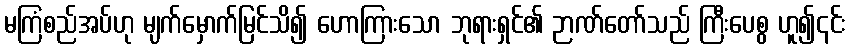
မကြံစည်အပ်ဟု မျက်မှောက်မြင်သိ၍ ဟောကြားသော ဘုရားရှင်၏ ဉာဏ်တော်သည် ကြီးပေစွ ဟူ၍၎င်း